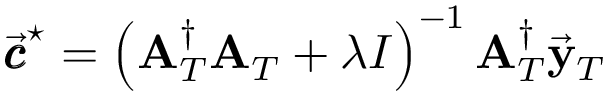
\vec { { \pmb { c } } } ^ { \star } = \left( { \bf A } _ { T } ^ { \dagger } { \bf A } _ { T } + \lambda I \right) ^ { - 1 } { \bf A } _ { T } ^ { \dagger } \vec { \bf y } _ { T }